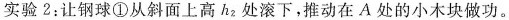
实验2：让钢球①从斜面上高 h_{2} 处滚下，推动在 A 处的小木块做功。